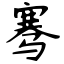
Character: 骞